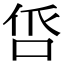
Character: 𠱧